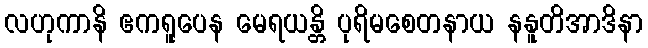
လဟုကာနိ ဧကရူပေန မေရယန္တိ ပုရိမစေတနာယ နနူတိအာဒိနာ